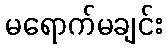
မရောက်မချင်း